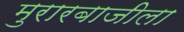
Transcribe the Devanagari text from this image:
मुरारबाजीला